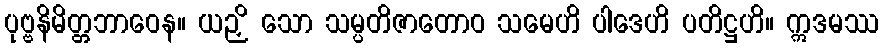
ပုဗ္ဗနိမိတ္တဘာဝေန။ ယဉှိ သော သမ္ပတိဇာတောဝ သမေဟိ ပါဒေဟိ ပတိဋ္ဌဟိ။ ဣဒမဿ